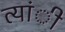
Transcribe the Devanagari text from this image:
त्यांी